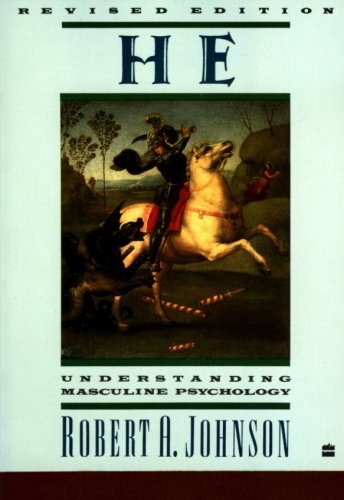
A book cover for He: Understanding Masculine Psychology (Perennial Library); Robert A. Johnson; Medical Books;